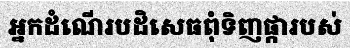
អ្នកដំណើរបដិសេធពុំទិញផ្ការបស់